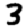
Digit: 3